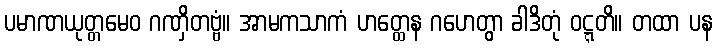
ပမာဏယုတ္တမေဝ ဂဏှိတဗ္ဗံ။ အာမကသာကံ ဟတ္ထေန ဂဟေတွာ ခါဒိတုံ ဝဋ္ဋတိ။ တထာ ပန